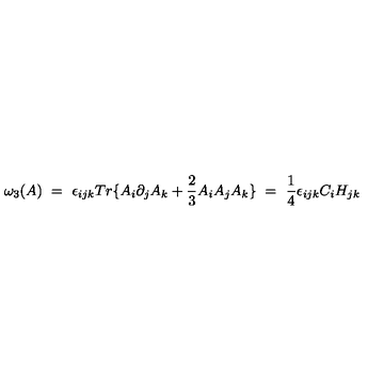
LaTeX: \omega _ { 3 } ( A ) \ = \ \epsilon _ { i j k } T r \{ A _ { i } \partial _ { j } A _ { k } + \frac { 2 } { 3 } A _ { i } A _ { j } A _ { k } \} \ = \ \frac { 1 } { 4 } \epsilon _ { i j k } C _ { i } H _ { j k }